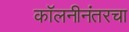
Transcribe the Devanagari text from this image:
कॉलनीनंतरचा